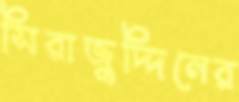
সিরাজুদ্দিনের